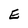
Character: E